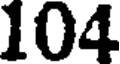
104